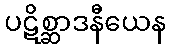
ပဋိစ္ဆာဒနီယေန